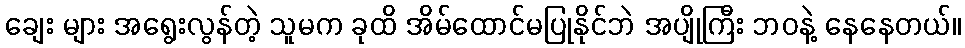
ချေး များ အရွေးလွန်တဲ့ သူမက ခုထိ အိမ်ထောင်မပြုနိုင်ဘဲ အပျိုကြီး ဘဝနဲ့ နေနေတယ်။